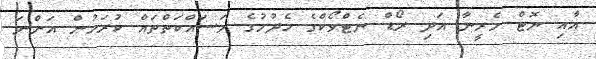
އާއި ޔޮޓް މެރީނާ އަދި ރޯޑް ނެޓްވޯކްގެ ހެދުމުގެ މަސައްކަތްތައް ކުރަމުން އަންނަ